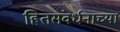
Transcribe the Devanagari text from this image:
हितसंवर्धनाच्या